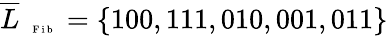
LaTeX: \overline{{L}}_{\mathrm{~\tiny~\textnormal~{~F~i~b~}~}}=\{ 100,111,010,001,011\}